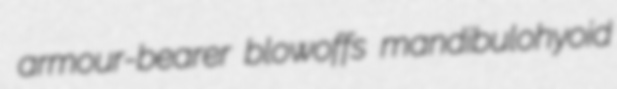
armour-bearer blowoffs mandibulohyoid